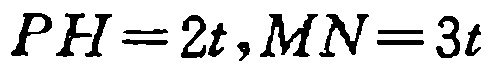
\(PH = 2t,MN = 3t\)